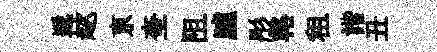
遞趑亰奎阻臚彤輅租諧丑